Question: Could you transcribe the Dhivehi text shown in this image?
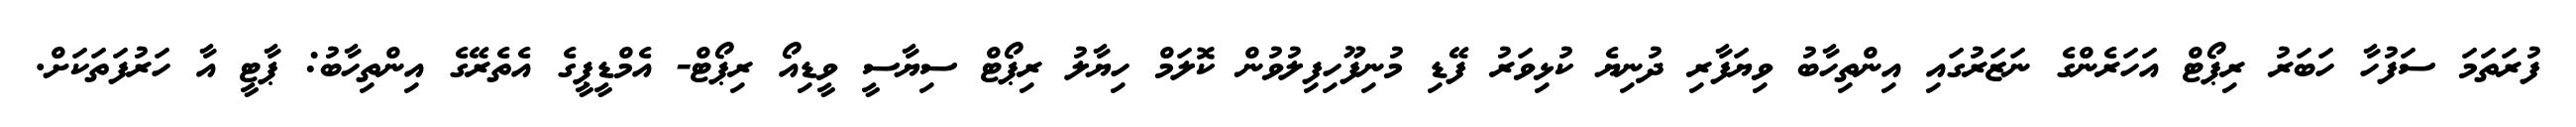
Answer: ފުރަތަމަ ސަފުހާ ހަބަރު ރިޕޯޓް އަހަރެންގެ ނަޒަރުގައި އިންތިހާބު ވިޔަފާރި ދުނިޔެ ކުޅިވަރު ފޭޑި މުނިފޫހިފިލުވުން ކޮލަމް ހިޔާލު ރިޕޯޓް ސިޔާސީ ވީޑިއޯ ރިޕޯޓް- އެމްޑީޕީގެ އެތެރޭގެ އިންތިހާބު: ޕާޓީ އާ ހަރުފަތަކަށް.